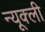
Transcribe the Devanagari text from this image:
न्यूक्ली